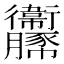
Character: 𧲞